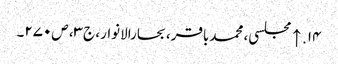
۱۴. ↑ مجلسی، محمدباقر، بحارالانوار، ج‌۳، ص‌۲۷۰۔